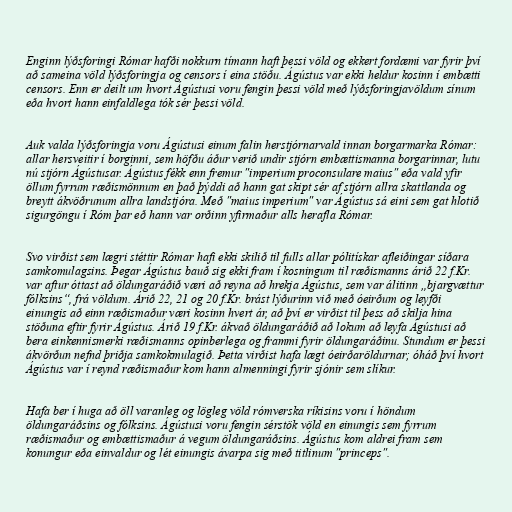
Enginn lýðsforingi Rómar hafði nokkurn tímann haft þessi völd og ekkert fordæmi var fyrir því
að sameina völd lýðsforingja og censors í eina stöðu. Ágústus var ekki heldur kosinn í embætti
censors. Enn er deilt um hvort Ágústusi voru fengin þessi völd með lýðsforingjavöldum sínum
eða hvort hann einfaldlega tók sér þessi völd.

Auk valda lýðsforingja voru Ágústusi einum falin herstjórnarvald innan borgarmarka Rómar:
allar hersveitir í borginni, sem höfðu áður verið undir stjórn embættismanna borgarinnar, lutu
nú stjórn Ágústusar. Ágústus fékk enn fremur "imperium proconsulare maius" eða vald yfir
öllum fyrrum ræðismönnum en það þýddi að hann gat skipt sér af stjórn allra skattlanda og
breytt ákvöðrunum allra landstjóra. Með "maius imperium" var Ágústus sá eini sem gat hlotið
sigurgöngu í Róm þar eð hann var orðinn yfirmaður alls herafla Rómar.

Svo virðist sem lægri stéttir Rómar hafi ekki skilið til fulls allar pólitískar afleiðingar síðara
samkomulagsins. Þegar Ágústus bauð sig ekki fram í kosningum til ræðismanns árið 22 f.Kr.
var aftur óttast að öldungaráðið væri að reyna að hrekja Ágústus, sem var álitinn „bjargvættur
fólksins“, frá völdum. Árið 22, 21 og 20 f.Kr. brást lýðurinn við með óeirðum og leyfði
einungis að einn ræðismaður væri kosinn hvert ár, að því er virðist til þess að skilja hina
stöðuna eftir fyrir Ágústus. Árið 19 f.Kr. ákvað öldungaráðið að lokum að leyfa Ágústusi að
bera einkennismerki ræðismanns opinberlega og frammi fyrir öldungaráðinu. Stundum er þessi
ákvörðun nefnd þriðja samkokmulagið. Þetta virðist hafa lægt óeirðaröldurnar; óháð því hvort
Ágústus var í reynd ræðismaður kom hann almenningi fyrir sjónir sem slíkur.

Hafa ber í huga að öll varanleg og lögleg völd rómverska ríkisins voru í höndum
öldungaráðsins og fólksins. Ágústusi voru fengin sérstök völd en einungis sem fyrrum
ræðismaður og embættismaður á vegum öldungaráðsins. Ágústus kom aldrei fram sem
konungur eða einvaldur og lét einungis ávarpa sig með titlinum "princeps".